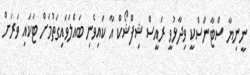
ނީނިޔާ ސްޓާންސްކީ ވިދާޅުވީ ރައީސް ޝިފްޝޯކް އާ ކައިވެނި ބައްލަވައިގަތުމަށް ޓަކައި ވަރަށް